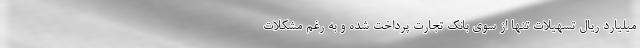
میلیارد ریال تسهیلات تنها از سوی بانک تجارت پرداخت شده و به رغم مشکلات